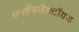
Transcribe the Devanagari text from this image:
एनाफिलैक्टॉयड